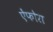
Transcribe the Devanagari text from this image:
ऐंफोरा